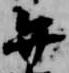
弁